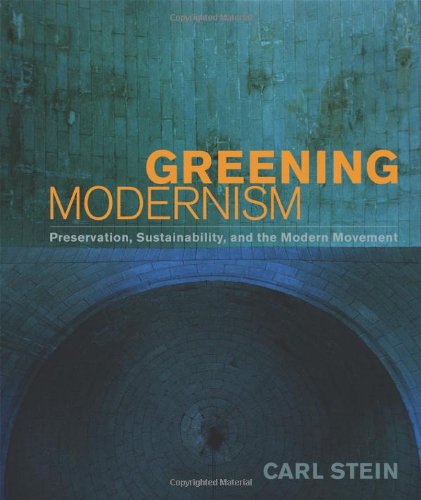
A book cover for Greening Modernism: Preservation, Sustainability, and the Modern Movement; Carl Stein; Crafts, Hobbies & Home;